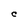
Character: C